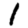
Digit: 1